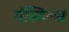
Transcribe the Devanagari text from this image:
पॅस्टिल्स